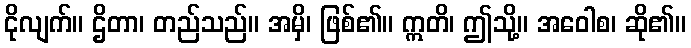
ငိုလျက်။ ဌိတာ၊ တည်သည်။ အမှိ၊ ဖြစ်၏။ ဣတိ၊ ဤသို့။ အဝေါစ၊ ဆို၏။